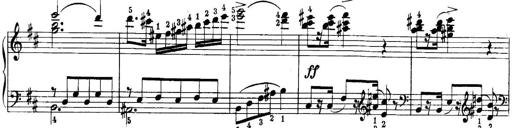
Title: Quatres sonatines
Composer: Tadeusz Joteyko